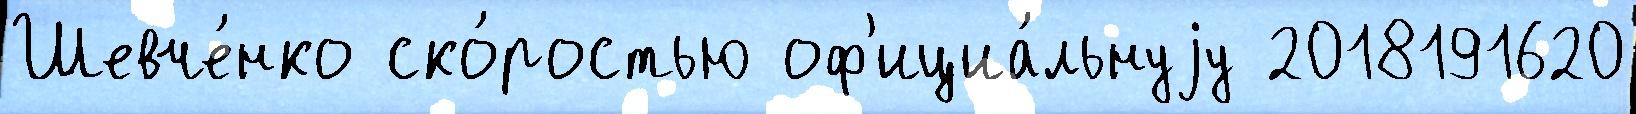
Шевче́нко ско́ростью оф'ициа́льнуjу 2018191620